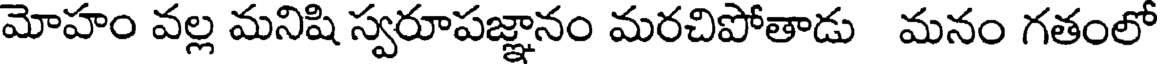
మోహం వల్ల మనిషి స్వరూపజ్ఞానం మరచిపోతాడు మనం గతంలో